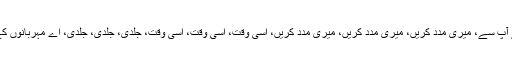
میری فریاد ہے آپ سے، فریاد ہے آپ سے، فریاد ہے آپ سے، میری مدد کریں، میری مدد کریں، میری مدد کریں، اسی وقت، اسی وقت، اسی وقت، جلدی، جلدی، جلدی، اے مہربانوں کے مہربان ترین، بواسطۂ اور آپ(ص) کی آل پاک کے۔